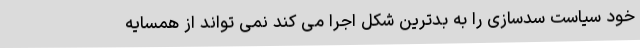
خود سیاست سدسازی را به بدترین شکل اجرا می کند نمی تواند از همسایه